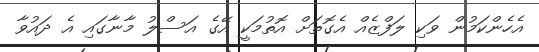
އެހެންކަމުން ވަކި ލަފްޒެއް އެގޮތަށް އޮތުމަކީ އޭގެ އަސްލު މާނާގައި އެ ދައުވާ